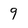
Character: 9